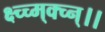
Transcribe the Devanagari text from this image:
क्ष्च्च्म्क्च्न्।।